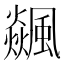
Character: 飊